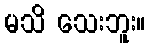
မသိ သေးဘူး။